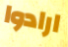
ارادوا